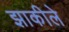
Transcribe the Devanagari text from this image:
झाकीले